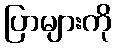
ပြာများကို